Plague in India, 1896, 1897 - Volume 3
Year: 1896
Disease focus: Plague
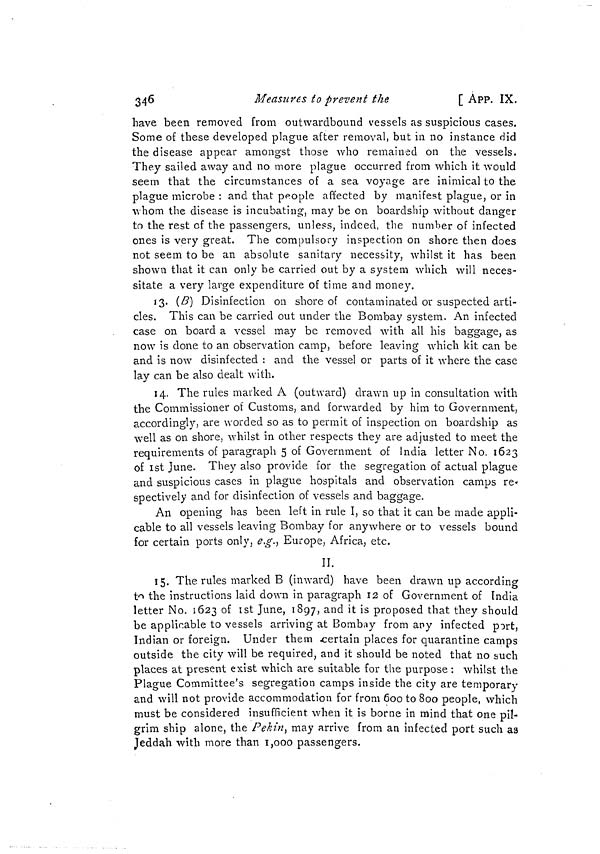
346
Measures to prevent the
[ App. IX.
have been removed from outwardbound vessels as suspicious cases.
Some of these developed plague after removal, but in no instance did
the disease appear amongst those who remained on the vessels.
They sailed away and no more plague occurred from which it would
seem that the circumstances of a sea voyage are inimical to the
plague microbe : and that people affected by manifest plague, or in
whom the disease is incubating, may be on boardship without danger
to the rest of the passengers, unless, indeed, the number of infected
ones is very great. The compulsory inspection on shore then does
not seem to be an absolute sanitary necessity, whilst it has been
shown that it can only be carried out by a system which will neces-
sitate a very large expenditure of time and money.
13. (B) Disinfection on shore of contaminated or suspected arti-
cles. This can be carried out under the Bombay system. An infected
case on board a vessel may be removed with all his baggage, as
now is done to an observation camp, before leaving which kit can be
and is now disinfected : and the vessel or parts of it where the case
lay can be also dealt with.
14. The rules marked A (outward) drawn up in consultation with
the Commissioner of Customs, and forwarded by him to Government,
accordingly, are worded so as to permit of inspection on boardship as
well as on shore, whilst in other respects they are adjusted to meet the
requirements of paragraph 5 of Government of India letter No. 1623
of 1st June. They also provide for the segregation of actual plague
and suspicious cases in plague hospitals and observation camps re-
spectively and for disinfection of vessels and baggage.
An opening has been left in rule I, so that it can be made appli-
cable to all vessels leaving Bombay for anywhere or to vessels bound
for certain ports only, e.g., Europe, Africa, etc.
II.
15. The rules marked B (inward) have been drawn up according
to the instructions laid down in paragraph 12 of Government of India
letter No. 1623 of 1st June, 1897, and it is proposed that they should
be applicable to vessels arriving at Bombay from any infected port,
Indian or foreign. Under them certain places for quarantine camps
outside the city will be required, and it should be noted that no such
places at present exist which are suitable for the purpose : whilst the
Plague Committee's segregation camps inside the city are temporary
and will not provide accommodation for from 600 to 800 people, which
must be considered insufficient when it is borne in mind that one pil-
grim ship alone, the Pekin, may arrive from an infected port such as
Jeddah with more than 1,000 passengers.